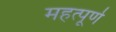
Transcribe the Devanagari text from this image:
महत्‍पूर्ण